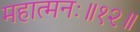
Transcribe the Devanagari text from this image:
महात्मनः॥१२॥